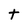
Character: t